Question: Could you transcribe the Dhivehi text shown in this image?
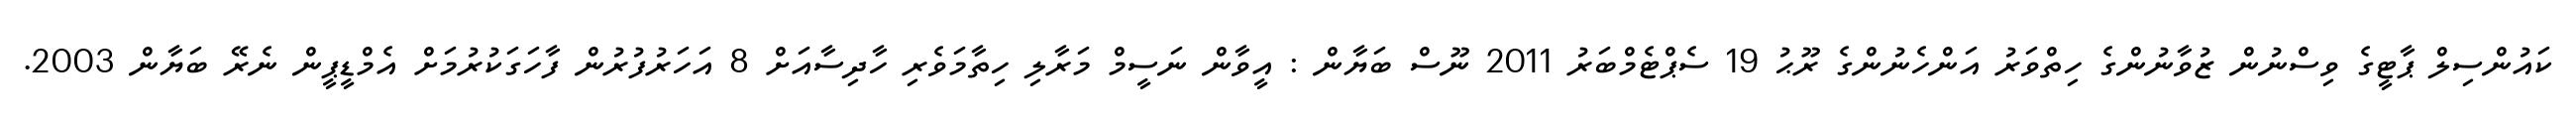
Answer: ކައުންސިލް ޕާޓީގެ ވިސްނުން ޒުވާނުންގެ ހިތްވަރު އަންހެނުންގެ ރޫޙު 19 ސެޕްޓެމްބަރު 2011 ނޫސް ބަޔާން : އީވާން ނަސީމް މަރާލި ހިތާމަވެރި ހާދިސާއަށް 8 އަހަރުފުރުން ފާހަގަކުރުމަށް އެމްޑީޕީން ނެރޭ ބަޔާން 2003.